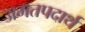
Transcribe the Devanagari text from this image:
अमतपदार्थ